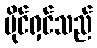
ပိုင်ရှင်သည်